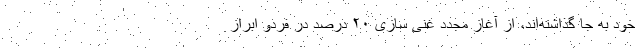
خود به جا گذاشته‌اند، از آغاز مجدد غنی سازی ۲۰ درصد در فردو ابراز